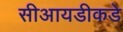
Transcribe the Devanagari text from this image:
सीआयडीकडे